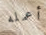
أعمله